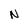
Character: N